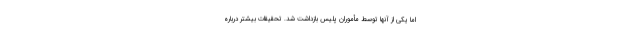
اما یکی از آنها توسط مأموران پلیس بازداشت شد. تحقیقات بیشتر درباره